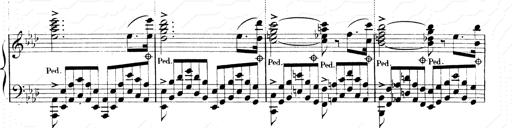
Title: 2 Transcriptions d'aprÃ¨s Rossini
Composer: Franz Liszt